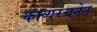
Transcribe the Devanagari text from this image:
काव्यरचनेत